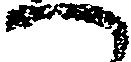
へ